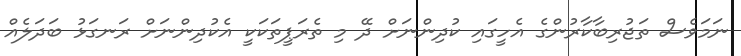
ނަމަވެސް ތަޖުރިބާކާރުންގެ އެހީގައި ކުދިންނަށް ދޭ މި ތެރަޕީތަކަކީ އެކުދިންނަށް ރަނގަޅު ބަދަލެއް